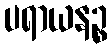
ပရာယနဉ္စ